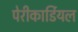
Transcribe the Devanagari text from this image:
पेरीकार्डियल